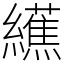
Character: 䌭